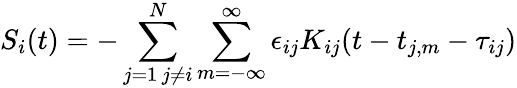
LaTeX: S_{i}(t)=-\sum_{\substack{j=1\, j\neq i}}^{N}\sum_{m=-\infty}^{\infty}\epsilon_{ij}K_{ij}(t-t_{j,m}-\tau_{ij})